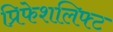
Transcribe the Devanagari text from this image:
प्रिफेशलिफ्ट